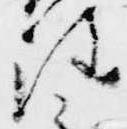
注